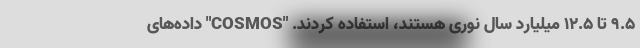
۹.۵ تا ۱۲.۵ میلیارد سال نوری هستند، استفاده کردند. "COSMOS" داده‌های